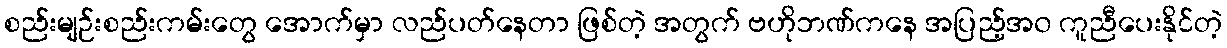
စည်းမျဉ်းစည်းကမ်းတွေ အောက်မှာ လည်ပတ်နေတာ ဖြစ်တဲ့ အတွက် ဗဟိုဘဏ်ကနေ အပြည့်အ၀ ကူညီပေးနိုင်တဲ့